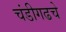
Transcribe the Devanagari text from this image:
चंडीगढचे